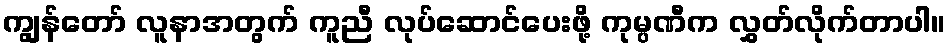
ကျွန်တော် လူနာအတွက် ကူညီ လုပ်ဆောင်ပေးဖို့ ကုမ္ပဏီက လွှတ်လိုက်တာပါ။